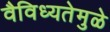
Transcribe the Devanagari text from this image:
वैविध्यतेमुळे